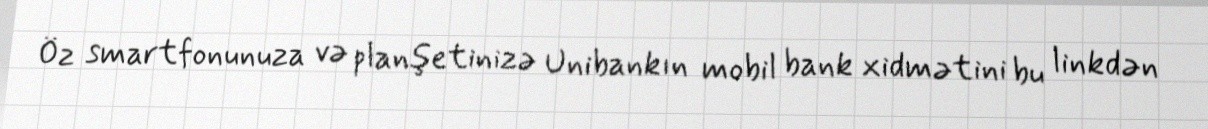
Öz smartfonunuza və planşetinizə Unibankın mobil bank xidmətini bu linkdən